Leaving Certificate Examination (including Day School Certificate (Higher) General paper), 1931
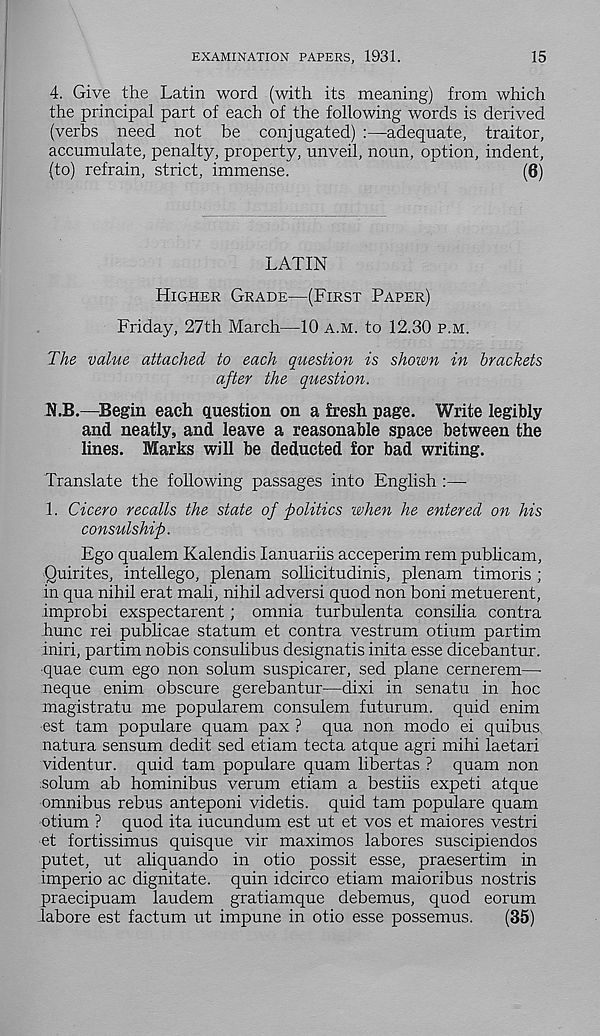
EXAMINATION PAPERS, 1931.
15
4. Give the Latin word (with its meaning) from which
the principal part of each of the following words is derived
(verbs need not be conjugated) :—adequate, traitor,
accumulate, penalty, property, unveil, noun, option, indent,
(to) refrain, strict, immense.
(6)
LATIN
HIGHER GRADE—(FIRST PAPER)
Friday, 27th March—10 A.M. to 12.30 P.M.
The value attached to each question is shown in hrackets
after the question.
N.B.—Begin each question on a fresh page. Write legibly
and neatly, and leave a reasonable space between the
lines. Marks will be deducted for bad writing.
Translate the following passages into English :—
1. Cicero recalls the state of politics when he entered on his
consulship.
Ego qualem Kalendis lanuariis acceperim rem publicam,
Quirites, intellego, plenam sollicitudinis, plenam timoris ;
in qua nihil erat mail, nihil adversi quod non boni metuerent,
improbi exspectarent; omnia turbulenta consilia contra
hunc rei publicae statum et contra vestrum otium partim
iniri, partim nobis consulibus designatis inita esse dicebantur.
quae cum ego non solum suspicarer, sed plane cernerem—
neque enim obscure gerebantur—dixi in senatu in hoc
magistratu me popularem consulem futurum. quid enim
est tarn populare quam pax ? qua non modo ei quibus,
natura sensum dedit sed etiam tecta atque agri mihi laetari
videntur. quid tarn populare quam libertas ? quam non
solum ab hominibus verum etiam a bestiis expeti atque
omnibus rebus anteponi videtis. quid tarn populare quam
otium ? quod ita iucundum est ut et vos et maiores vestri
et fortissimus quisque vir maximos labores suscipiendos
putet, ut aliquando in otio possit esse, praesertim in
imperio ac dignitate. quin idcirco etiam maioribus nostris
praecipuam laudem gratiamque debemus, quod eorum
labore est factum ut impune in otio esse possemus.
(35)